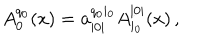
LaTeX: A _ { 0 } ^ { q _ { 0 } } ( x ) = \mathbf { a } _ { | 0 | } ^ { q _ { 0 } i _ { 0 } } A _ { i _ { 0 } } ^ { | 0 | } ( x ) \, ,